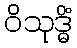
ဝိသုဒ္ဓိံ